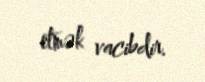
etmək vacibdir.